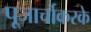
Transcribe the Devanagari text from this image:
पूजार्चाकरके